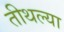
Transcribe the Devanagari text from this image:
तीथल्या